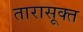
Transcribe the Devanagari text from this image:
तारासूक्त